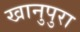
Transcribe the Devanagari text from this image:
खानुपुरा